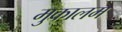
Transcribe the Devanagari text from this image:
मुकालम